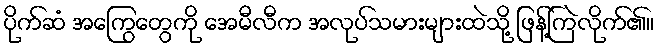
ပိုက်ဆံ အကြွေတွေကို အေမီလီက အလုပ်သမားများထဲသို့ ဖြန့်ကြဲလိုက်၏။